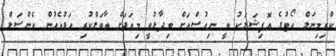
ކްރިމިނަލް ކޯޓުގެ އޮފިޝަލަކު ވީ ނިއުސްއަށް ވިދާޅުވީ މިއަދަށް ތާވަލްކުރި އަޑުއެހުން ކެންސަލް